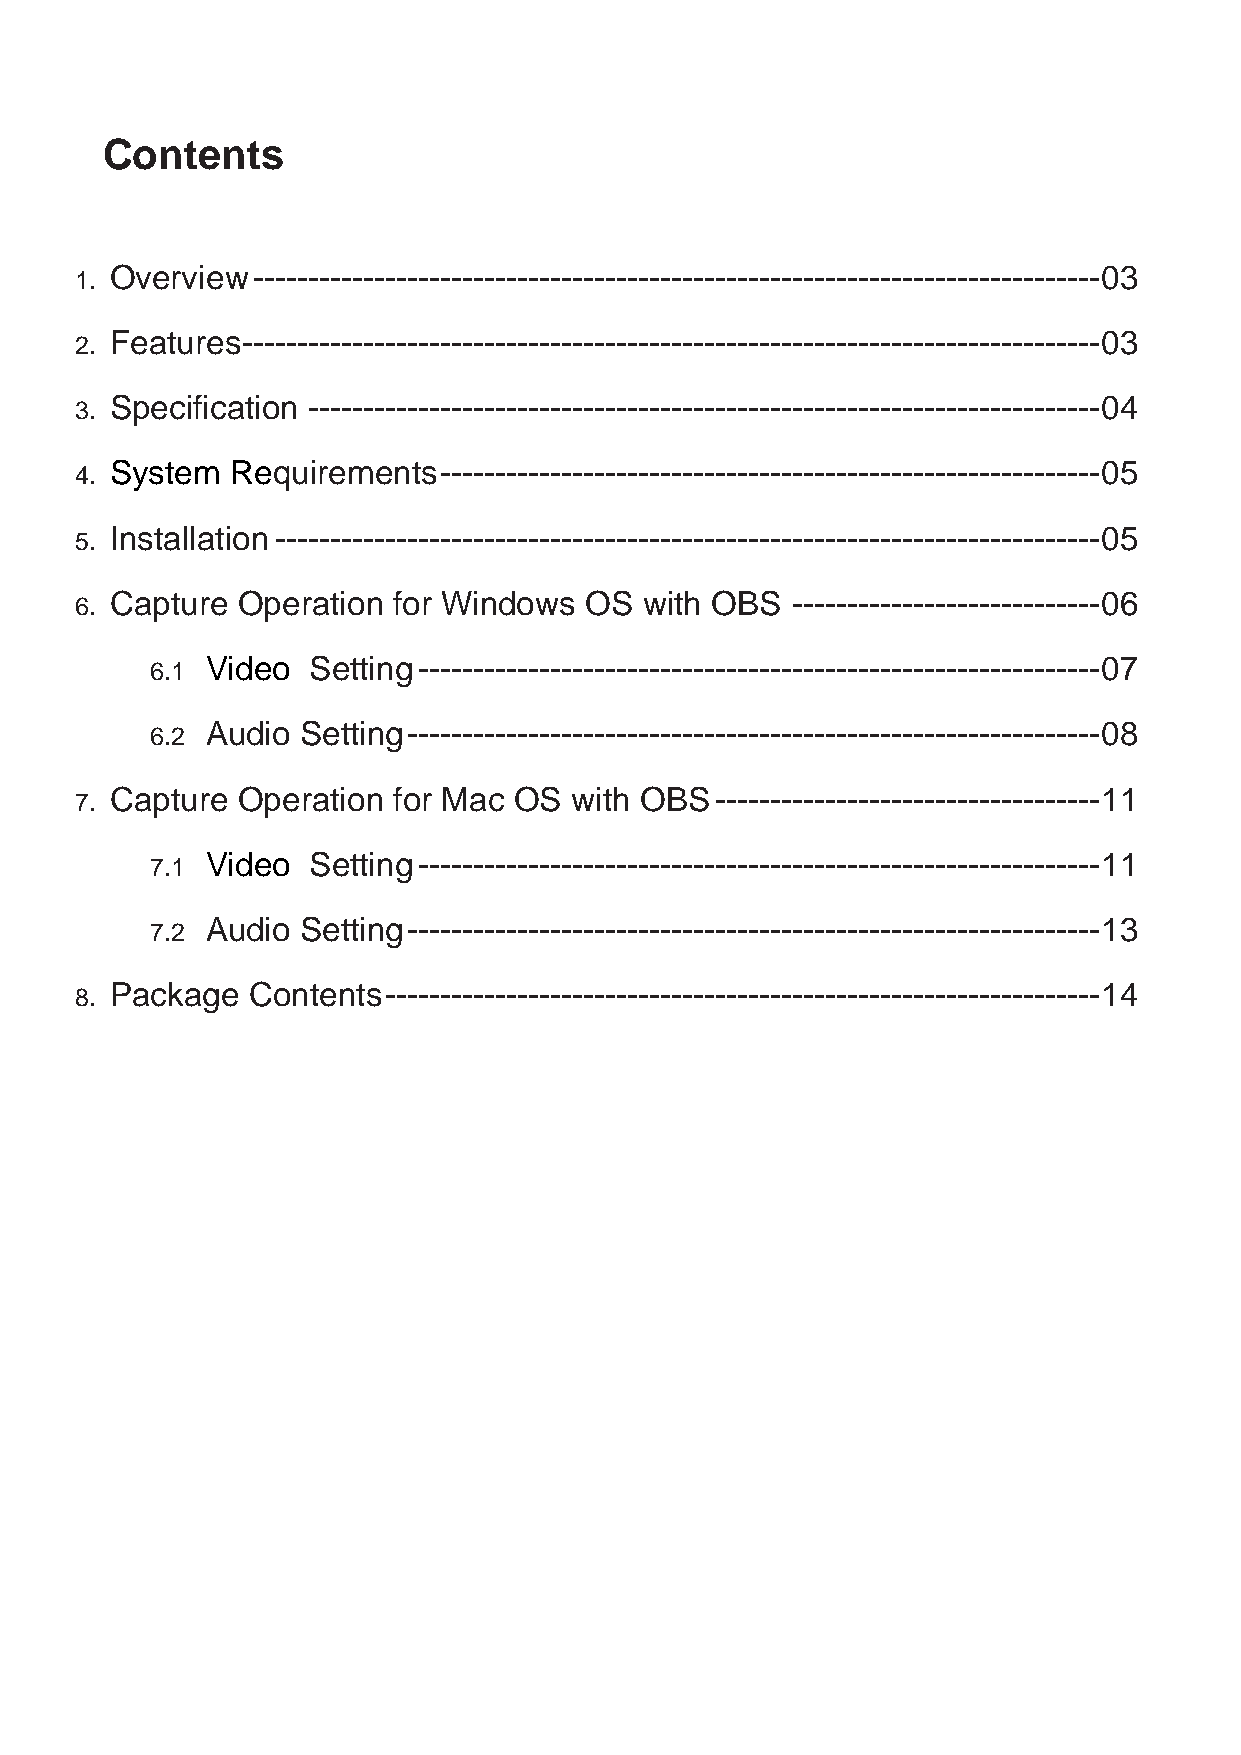
Contents
 Overview  ----------------------------------------------------------------------------- 03
 1.
 Features ------------------------------------------------------------------------------ 03
 2.
 Specification ------------------------------------------------------------------------ 04
 3.
 System  Requirements  ------------------------------------------------------------ 05
 4.
 Installation --------------------------------------------------------------------------- 05
 5.
 Capture  Operation for Windows  OS  with OBS ---------------------------- 06
 6.
 Video Setting -------------------------------------------------------------- 07
 6.1
 Audio Setting --------------------------------------------------------------- 08
 6.2
 Capture  Operation for Mac OS  with OBS ----------------------------------- 11
 7.
 Video Setting -------------------------------------------------------------- 11
 7.1
 Audio Setting --------------------------------------------------------------- 13
 7.2
 Package  Contents ----------------------------------------------------------------- 14
 8.